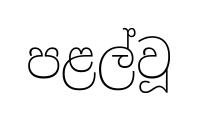
පළල්වූ